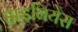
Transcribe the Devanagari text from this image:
डाइबियेस